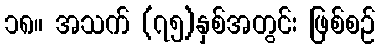
၁၈။ အသက် (၇၅)နှစ်အတွင်း ဖြစ်စဉ်